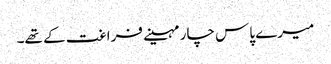
میرے پاس چار مہینے فراغت کے تھے۔